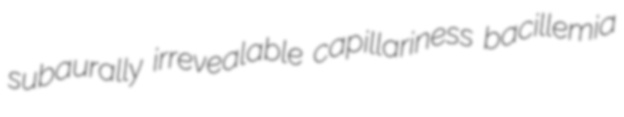
subaurally irrevealable capillariness bacillemia